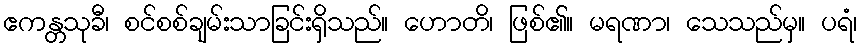
ဧကန္တသုခီ၊ စင်စစ်ချမ်းသာခြင်းရှိသည်။ ဟောတိ၊ ဖြစ်၏။ မရဏာ၊ သေသည်မှ။ ပရံ၊